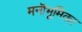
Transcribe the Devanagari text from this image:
मनॊभूमिका